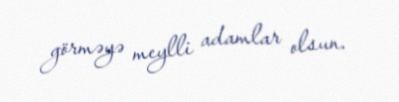
görməyə meylli adamlar olsun.